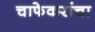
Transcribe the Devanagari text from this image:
चाफेकरांचा